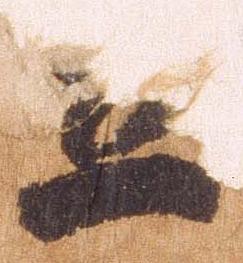
笠